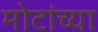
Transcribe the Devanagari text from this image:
मोटांच्या